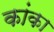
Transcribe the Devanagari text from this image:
कांका